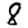
Digit: 8